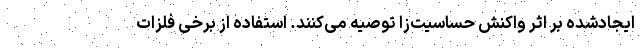
ایجادشده بر اثر واکنش حساسیت‌زا توصیه می‌کنند. استفاده از برخی فلزات